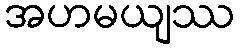
အဟမယျဿ